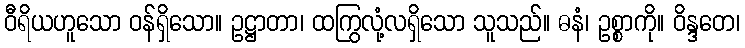
ဝီရိယဟူသော ဝန်ရှိသော။ ဥဋ္ဌာတာ၊ ထကြွလုံ့လရှိသော သူသည်။ ဓနံ၊ ဥစ္စာကို။ ဝိန္ဒတေ၊